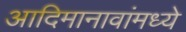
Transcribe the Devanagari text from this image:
आदिमानावांमध्ये